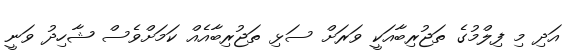
އަދި މި ފިލްމުގެ ތަޖުރިބާއަކީ ވަރަށް ސަޅި ތަޖުރިބާއެއް ކަމަށްވެސް ޝާހިދު ވަނީ